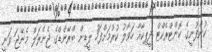
ކުންފުނީގެ ކޮންޓްރެކްޓް ދީޕިކާއާ ހަވާލު ކުރުމަށްފަހު ލީޑިން ބްރޭންޑްގެ ޖެނެރަލް މެނޭޖަ ވަނީ